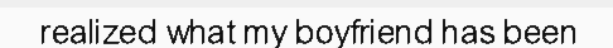
realized what my boyfriend has been